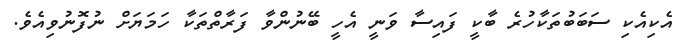
އެކިއެކި ސަބަބުތަކާހުރެ ބާކީ ފައިސާ ވަނީ އެހީ ބޭނުންވާ ފަރާތްތަކާ ހަމަޔަށް ނުފޮނުވިއެވެ.